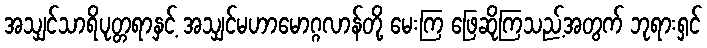
အသျှင်သာရိပုတ္တရာနှင့် အသျှင်မဟာမောဂ္ဂလာန်တို့ မေးကြ ဖြေဆိုကြသည့်အတွက် ဘုရားရှင်